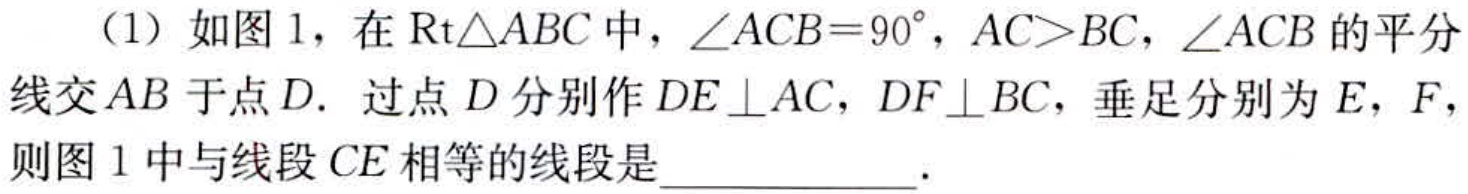
（1）如图1，在$\text{Rt}\triangle ABC$中，$\angle ACB = 90^{\circ}$，$AC>BC$，$\angle ACB$的平分线交$AB$于点$D$. 过点$D$分别作$DE\perp AC$，$DF\perp BC$，垂足分别为$E$，$F$，则图1中与线段$CE$相等的线段是____________.